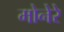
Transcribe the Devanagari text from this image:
मोनेरे